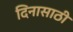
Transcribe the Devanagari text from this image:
दिनासाठी